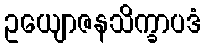
ဥယျောဇနသိက္ခာပဒံ